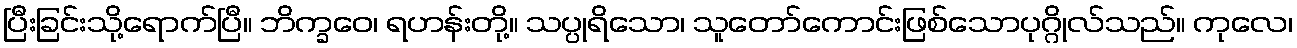
ပြီးခြင်းသို့ရောက်ပြီ။ ဘိက္ခဝေ၊ ရဟန်းတို့။ သပ္ပုရိသော၊ သူတော်ကောင်းဖြစ်သောပုဂ္ဂိုလ်သည်။ ကုလေ၊